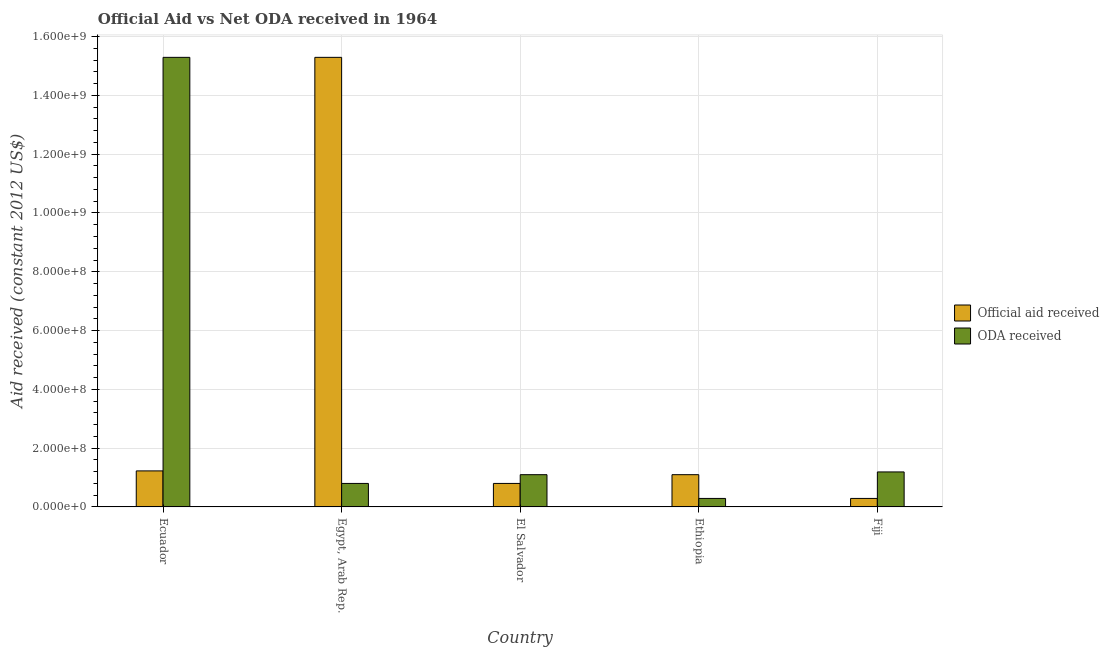
| Country | Official aid received | ODA received |
 | --- | --- | --- |
 | Ecuador | 1.23e+08 | 1.53e+09 |
 | Egypt, Arab Rep. | 1.53e+09 | 8e+07 |
 | El Salvador | 8e+07 | 1.1e+08 |
 | Ethiopia | 1.1e+08 | 2.89e+07 |
 | Fiji | 2.89e+07 | 1.19e+08 |